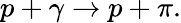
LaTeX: p+\gamma\rightarrow p+\pi.